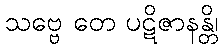
သဗ္ဗေ တေ ပဋိဇာနန္တိ၊